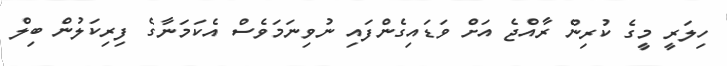
ހިލަރީ މީގެ ކުރިން ރާއްޖެ އަށް ވަޑައިގެންފައި ނުވިނަމަވެސް އެކަމަނާގެ ފިރިކަލުން ބިލް